kultuurilooline_kollektsioon, lk 79
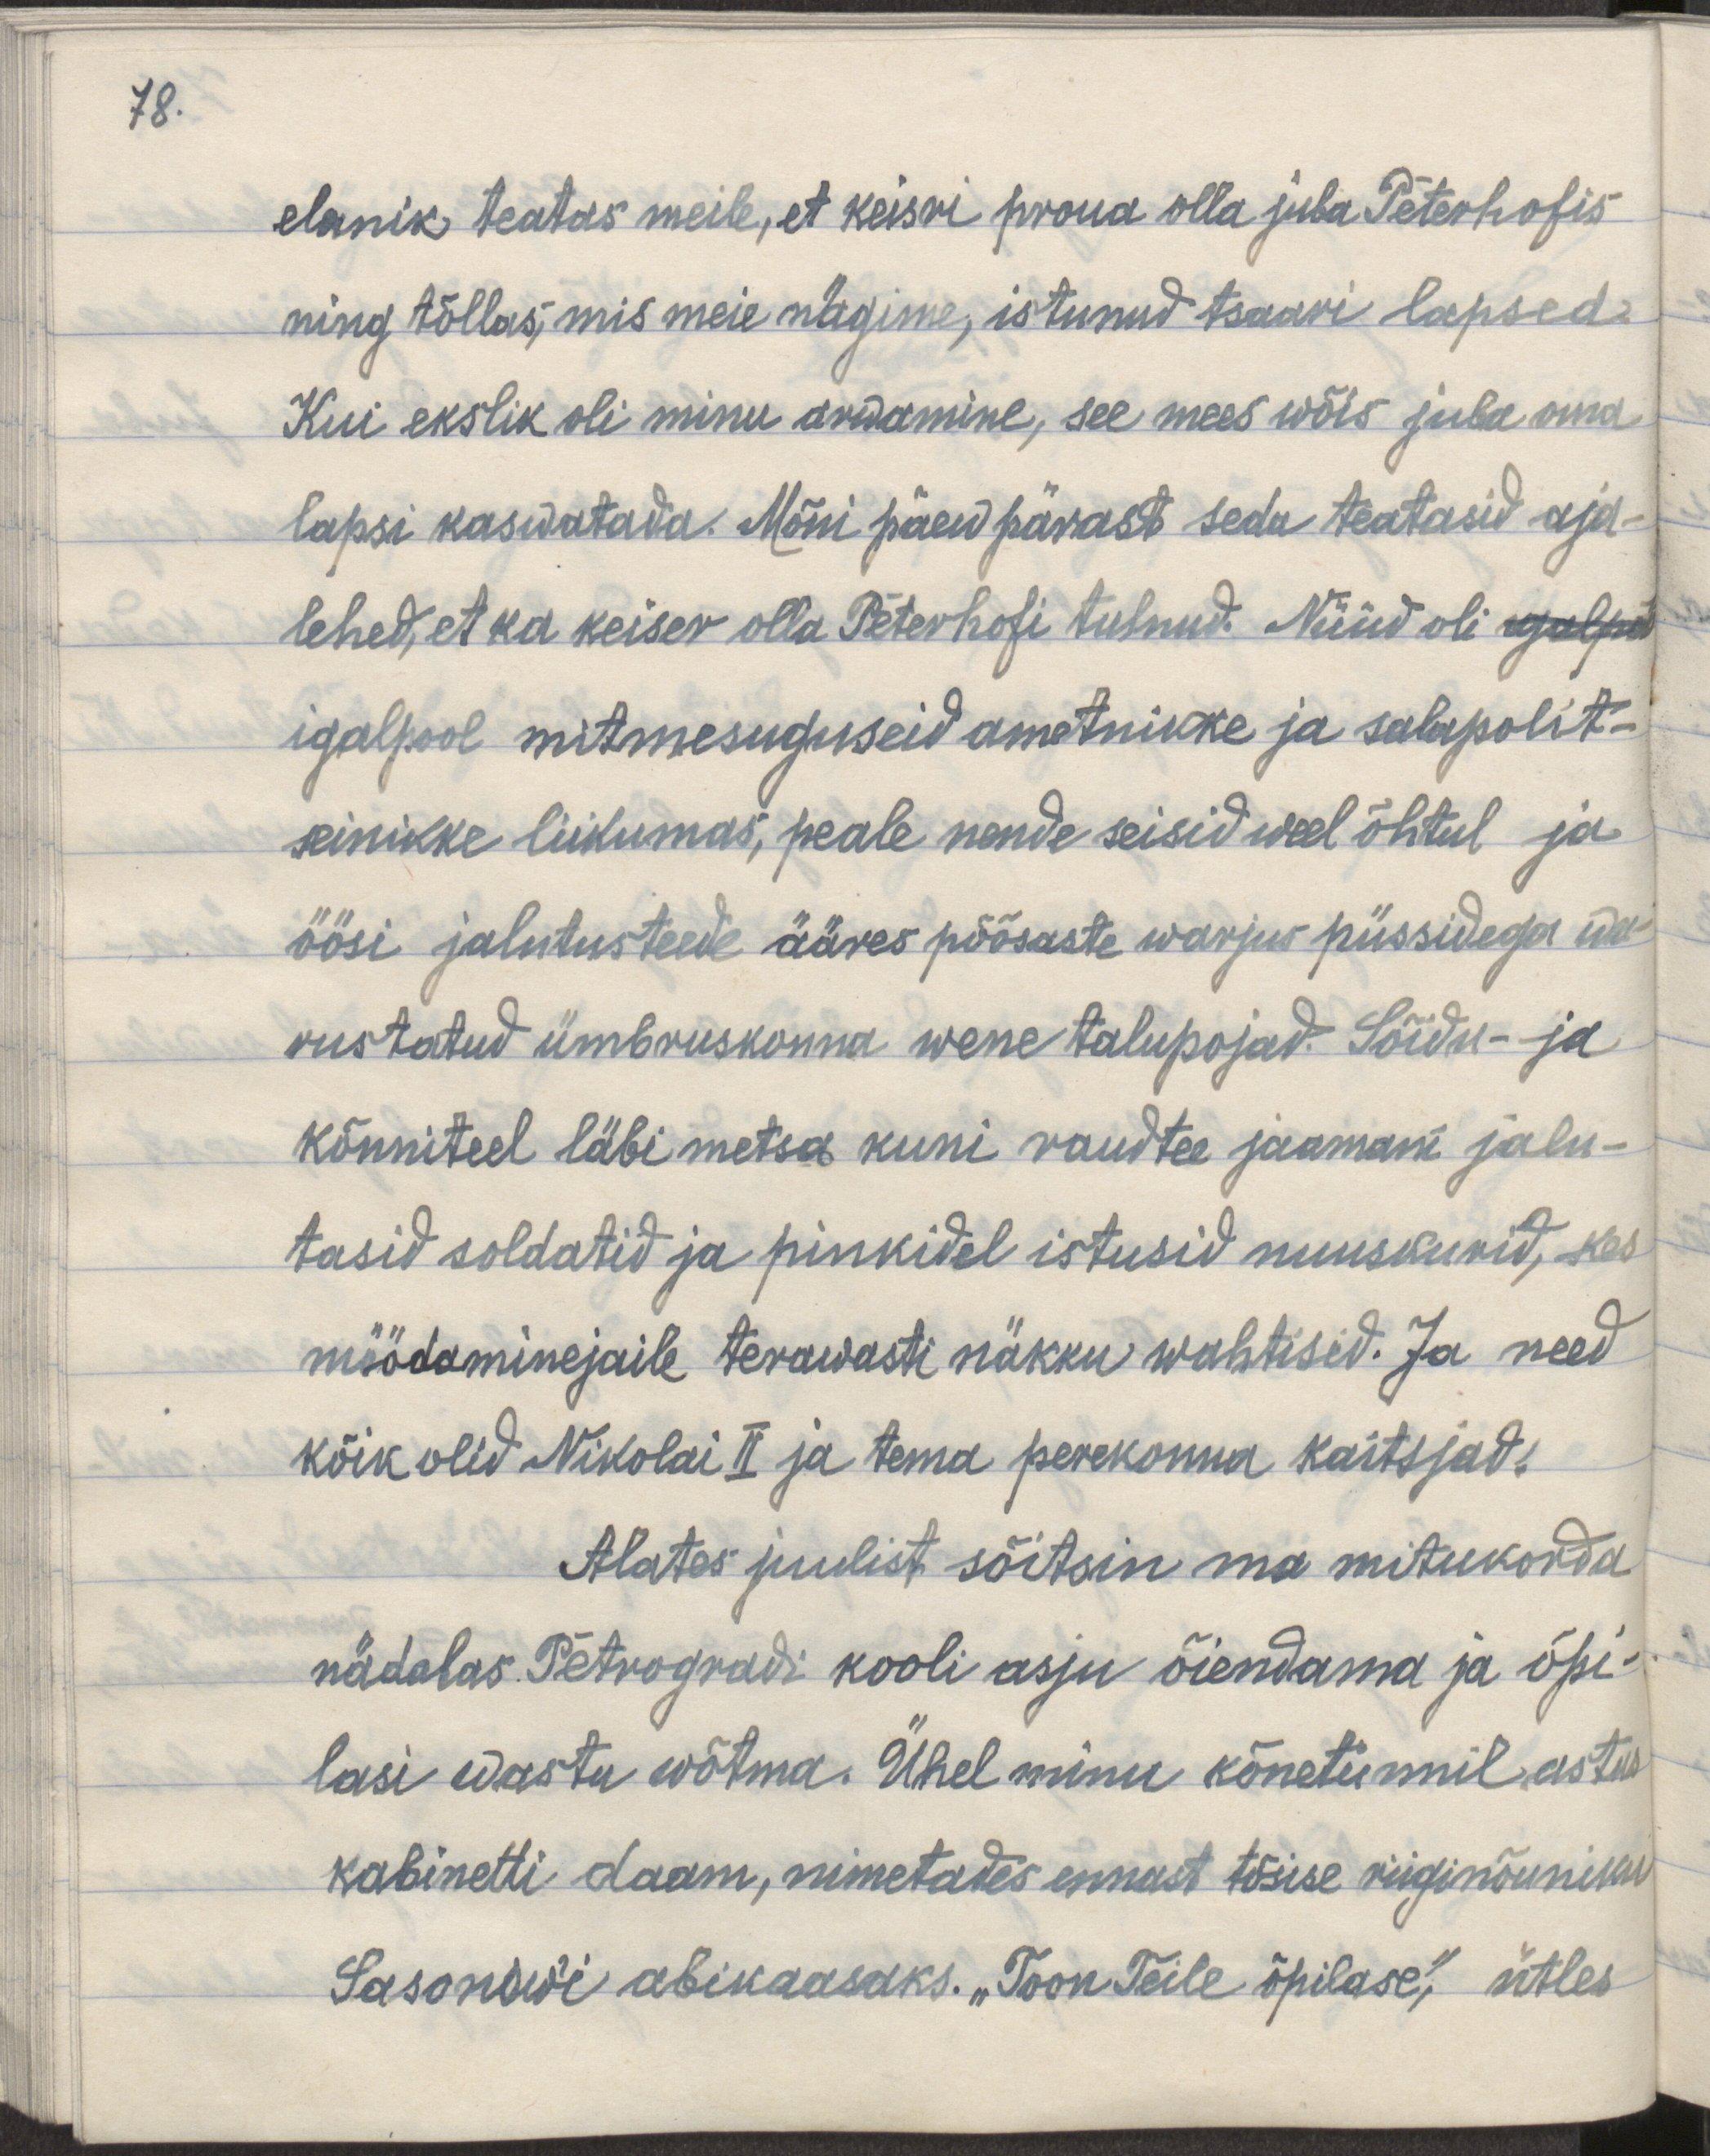
78.

elanik teatas meile, et keisri proua olla juba Peterhofis
ning tõllas, mis meie nägime, istunud tsaari lapsed.
Kui ekslik oli minu arwamine, see mees wõis juba oma
lapsi kaswatada. Mõni päew pärast seda teatasid aja-
lehed, et ka keiser olla Peterhofi tulnud. Nüüd oli igalpol
igalpool mitmesuguseid ametnike ja salapolit-
seinikke liikumas, peale nende seisid weel õhtul ja
öösel jalutusteede ääres põõsaste warjus püssidega wa-
rustatud ümbruskonna wene talupojad. Sõidu- ja
kõnniteel läbi metsa kuni raudtee jaamani jalu-
tasid soldatid ja pinkidel istusid nuuskurid, kes
möödaminejaile terawasti näkku wahtisid. Ja need
kõik olid Nikolai II ja tema perekonna kaitsjad.
Alates juulist sõitsin ma mitukorda
ńädalas Petrogradi kooli asju õiendama ja õpi-
lasi wastu wõtma. Ühel minu kõnetunnil astus
kabinetti daam, nimetades ennast tõsise riiginõuniku
Sasanowi abikaasaks. "Toon Teile õpilase", ütles